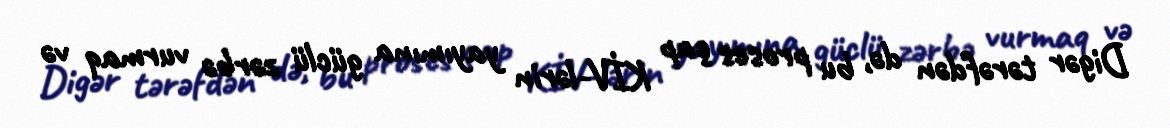
Digər tərəfdən də, bu proses çap KİV-lərin yayımına güclü zərbə vurmaq və